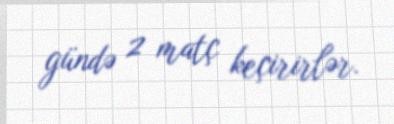
gündə 2 matç keçirirlər.